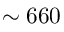
\sim 6 6 0